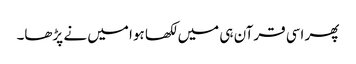
پھر اسی قرآن ہی میں لکھا ہوا میں نے پڑھا۔